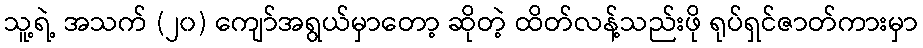
သူ့ရဲ့ အသက် (၂၀) ကျော်အရွယ်မှာတော့ ဆိုတဲ့ ထိတ်လန့်သည်းဖို ရုပ်ရှင်ဇာတ်ကားမှာ